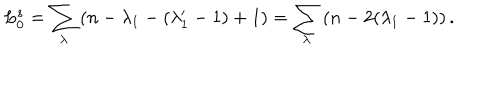
L _ { 0 } ^ { s } = \sum _ { \lambda } \left( n - \lambda _ { 1 } - ( \lambda _ { 1 } ^ { \prime } - 1 ) + 1 \right) = \sum _ { \lambda } \left( n - 2 ( \lambda _ { 1 } - 1 ) \right) { } .